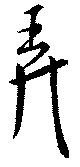
弄